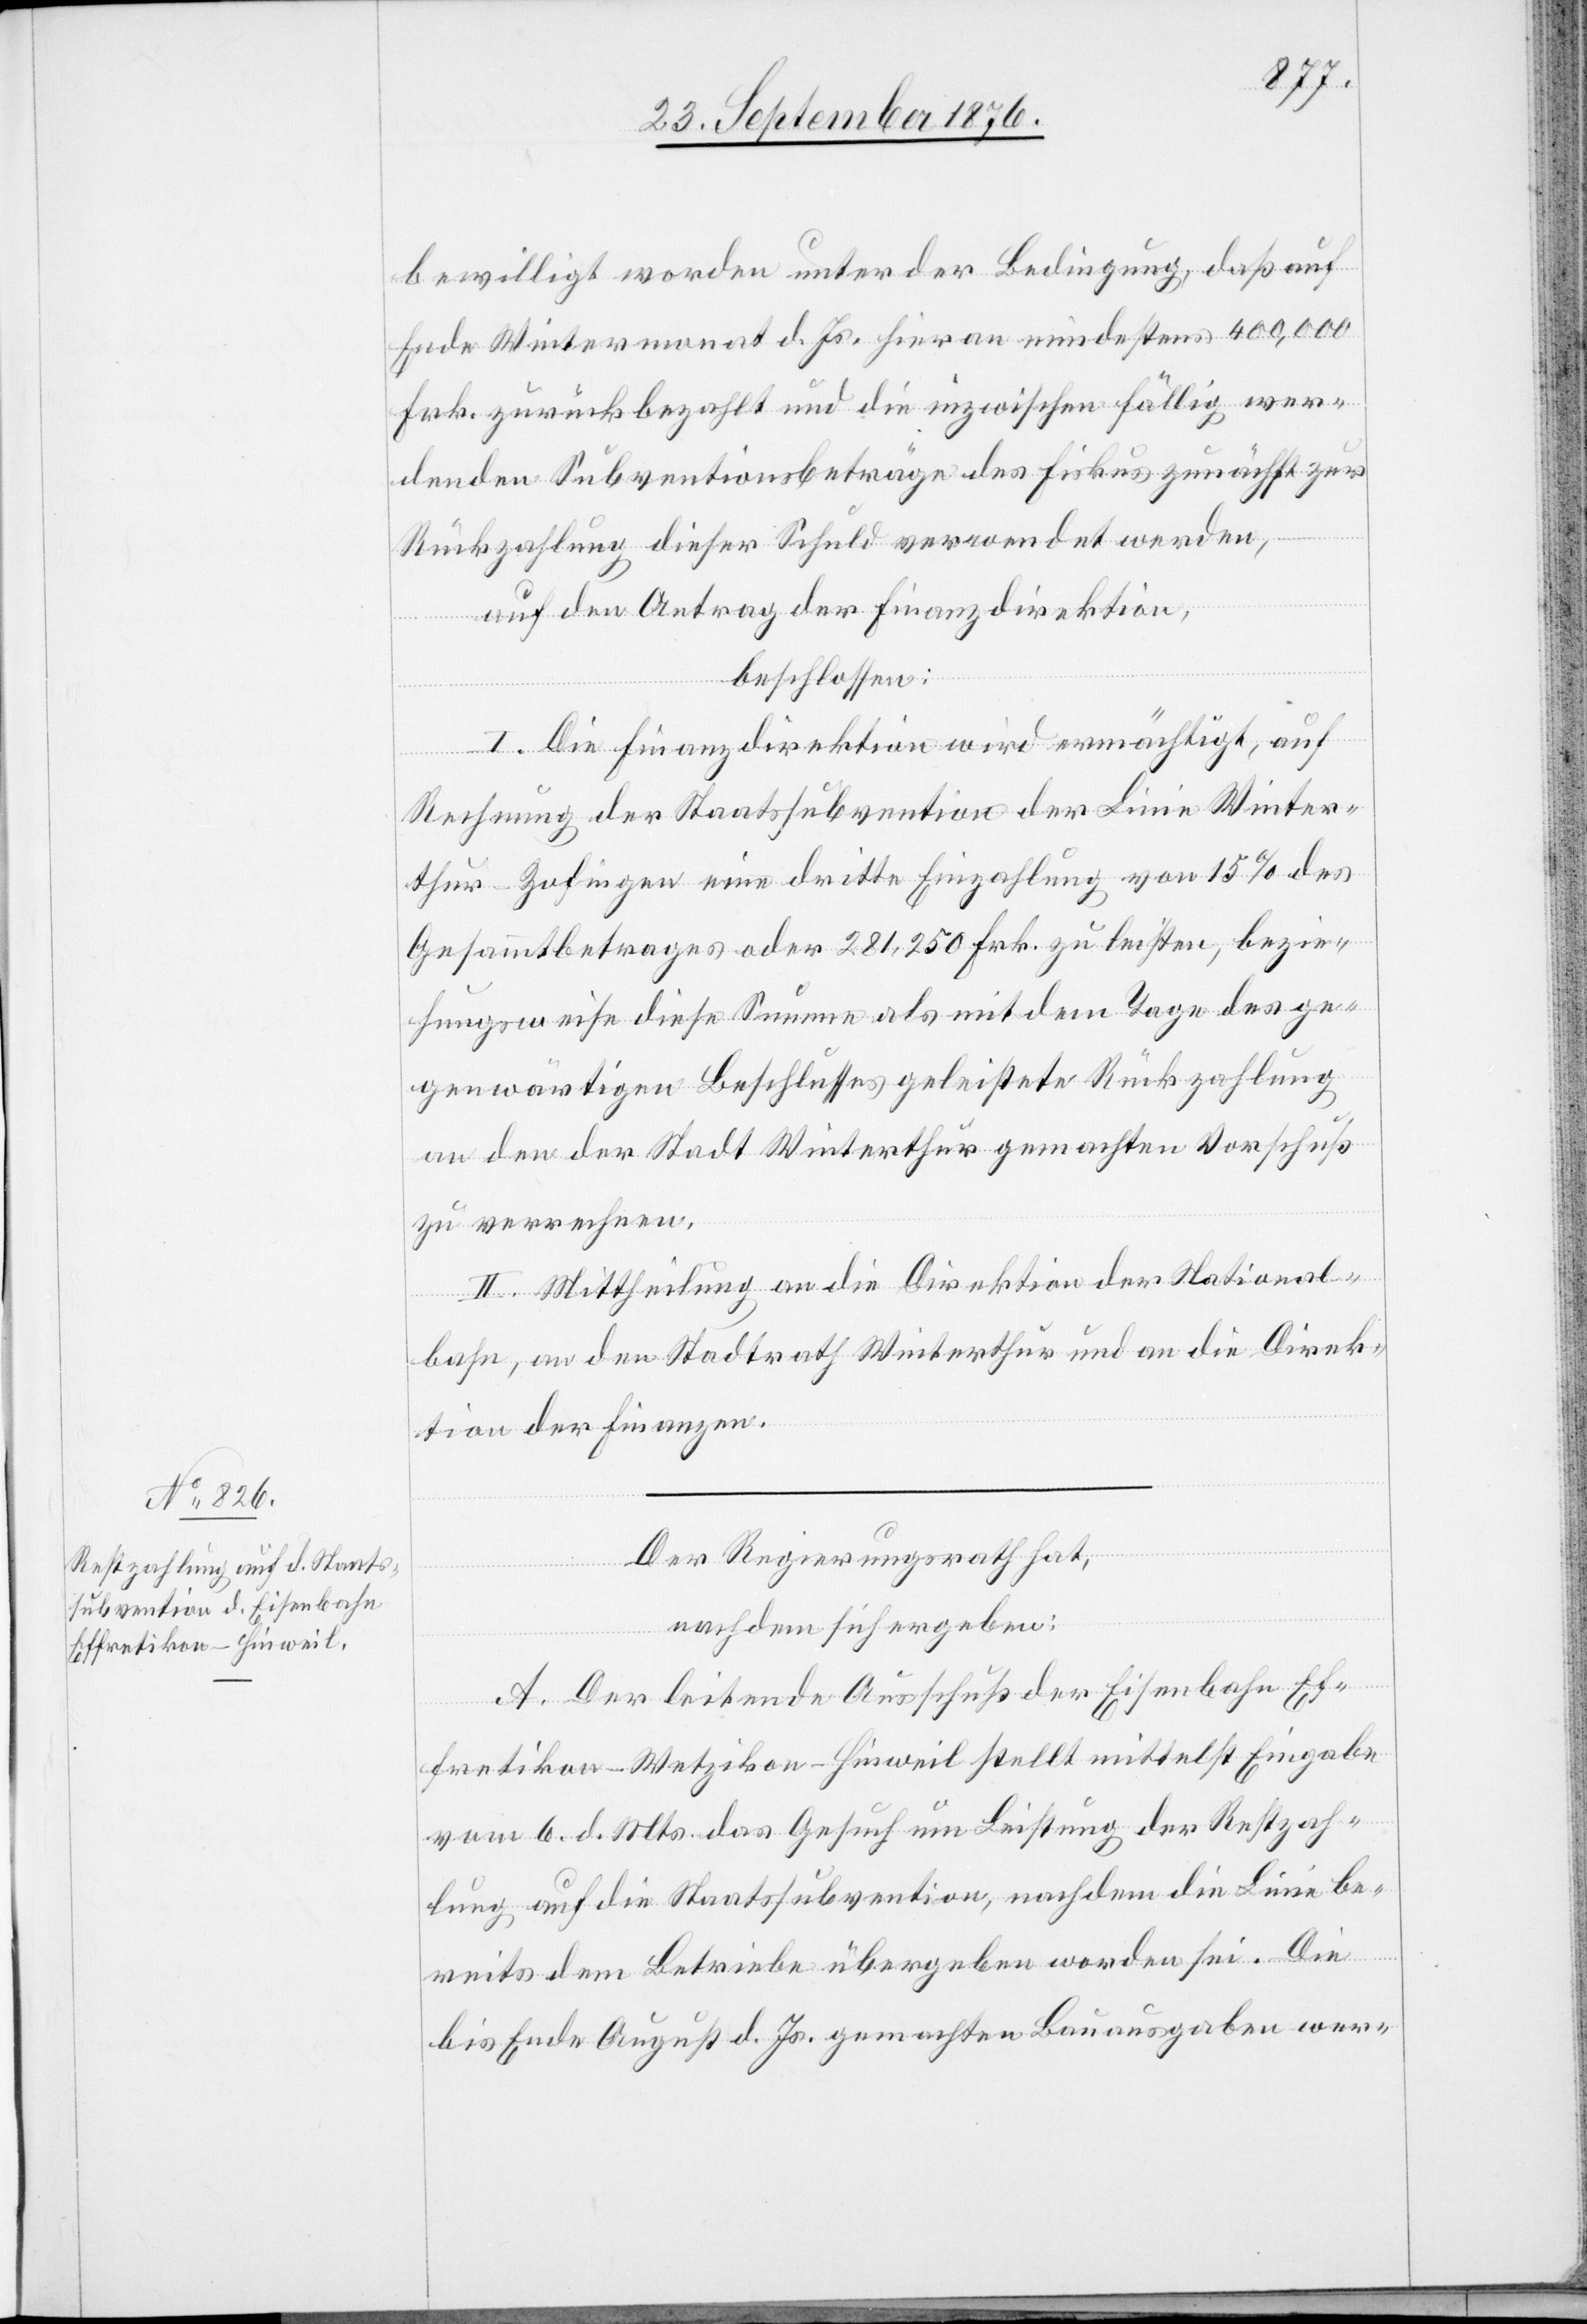
bewilligt worden unter der Bedingung, daß auf
Ende Wintermonat d. Js. hieran mindestens 400,000
Frk. zurückbezahlt und die inzwischen fällig wer¬
denden Subventionsbeiträge des Fiskus zunächst zur
Rückzahlung dieser Schuld verwendet werden,
auf den Antrag der Finanzdirektion,
beschlossen:
I. Die Finanzdirektion wird ermächtigt, auf
Rechnung der Staatssubvention der Linie Winter¬
thur–Zofingen eine dritte Einzahlung von 15% des
Gesammtbetrages oder 281,250 Frk. zu leisten, bezie¬
hungsweise diese Summe als mit dem Tage des ge¬
genwärtigen Beschlusses geleistete Rückzahlung
an den der Stadt Winterthur gemachten Vorschuß
zu verrechnen.
II. Mittheilung an die Direktion der National¬
bahn, an den Stadtrath Winterthur und an die Direk¬
tion der Finanzen.
Der Regierungsrath hat,
nachdem sich ergeben:
A. Der leitende Ausschuß der Eisenbahn Ef¬
fretikon–Wetzikon–Hinweil stellt mittelst Eingabe
vom 6. d. Mts. das Gesuch um Leistung der Restzah¬
lung auf die Staatssubvention, nachdem die Linie be¬
reits dem Betriebe übergeben worden sei. Die
bis Ende August d. Js. gemachten Bauausgaben wer-